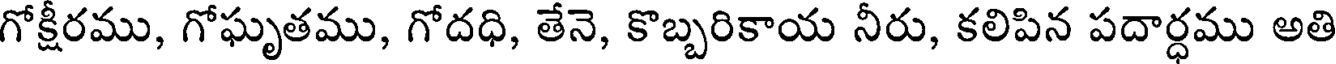
గోక్షీరము, గోఘృతము, గోదధి, తేనె, కొబ్బరికాయ నీరు, కలిపిన పదార్ధము అతి